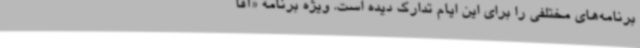
برنامه‌های مختلفی را برای این ایام تدارک دیده است. ویژه برنامه «آقا